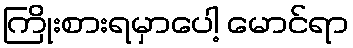
ကြိုးစားရမှာပေါ့ မောင်ရာ